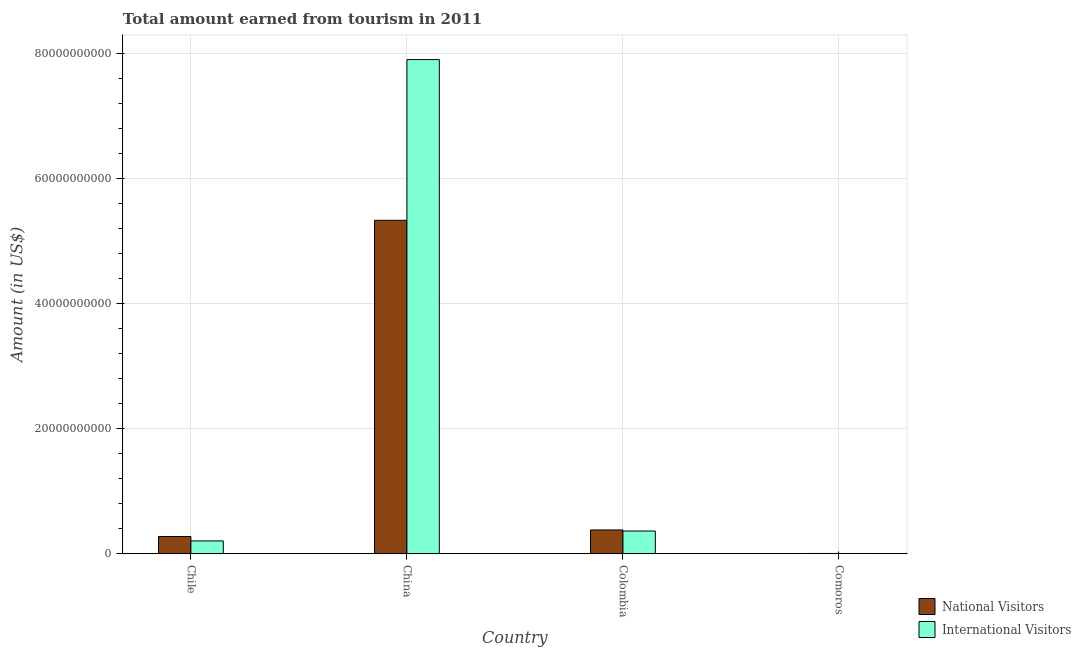
| Country | National Visitors | International Visitors |
 | --- | --- | --- |
 | Chile | 2.75e+09 | 2.05e+09 |
 | China | 5.33e+10 | 7.9e+10 |
 | Colombia | 3.8e+09 | 3.63e+09 |
 | Comoros | 4.22e+07 | 3.7e+07 |